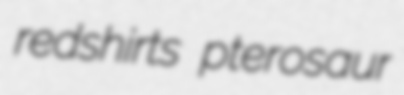
redshirts pterosaur